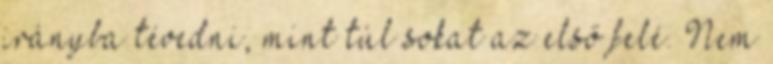
irányba tévedni, mint túl sokat az első felé. Nem